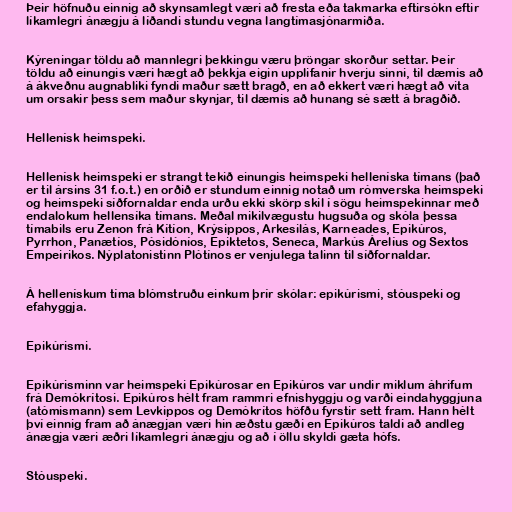
Þeir höfnuðu einnig að skynsamlegt væri að fresta eða takmarka eftirsókn eftir
líkamlegri ánægju á líðandi stundu vegna langtímasjónarmiða.

Kýreningar töldu að mannlegri þekkingu væru þröngar skorður settar. Þeir
töldu að einungis væri hægt að þekkja eigin upplifanir hverju sinni, til dæmis að
á ákveðnu augnabliki fyndi maður sætt bragð, en að ekkert væri hægt að vita
um orsakir þess sem maður skynjar, til dæmis að hunang sé sætt á bragðið.

Hellenísk heimspeki.

Hellenísk heimspeki er strangt tekið einungis heimspeki helleníska tímans (það
er til ársins 31 f.o.t.) en orðið er stundum einnig notað um rómverska heimspeki
og heimspeki síðfornaldar enda urðu ekki skörp skil í sögu heimspekinnar með
endalokum hellensíka tímans. Meðal mikilvægustu hugsuða og skóla þessa
tímabils eru Zenon frá Kítíon, Krýsippos, Arkesilás, Karneades, Epikúros,
Pyrrhon, Panætíos, Pósidóníos, Epiktetos, Seneca, Markús Árelíus og Sextos
Empeirikos. Nýplatonistinn Plótínos er venjulega talinn til síðfornaldar.

Á hellenískum tíma blómstruðu einkum þrír skólar: epikúrismi, stóuspeki og
efahyggja.

Epikúrismi.

Epikúrisminn var heimspeki Epikúrosar en Epikúros var undir miklum áhrifum
frá Demókrítosi. Epikúros hélt fram rammri efnishyggju og varði eindahyggjuna
(atómismann) sem Levkippos og Demókrítos höfðu fyrstir sett fram. Hann hélt
því einnig fram að ánægjan væri hin æðstu gæði en Epikúros taldi að andleg
ánægja væri æðri líkamlegri ánægju og að í öllu skyldi gæta hófs.

Stóuspeki.